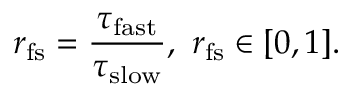
{ r } _ { \mathrm { f s } } = \frac { \tau _ { \mathrm { f a s t } } } { \tau _ { \mathrm { s l o w } } } , \ r _ { \mathrm { f s } } \in [ 0 , 1 ] .